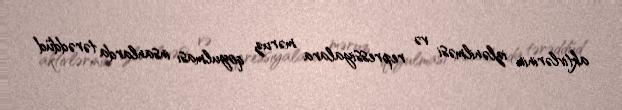
aktivlərinin izlənilməsi və repressiyalara məruz qoyulması insanlarda tərəddüd